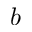
b